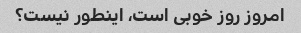
امروز روز خوبی است، اینطور نیست؟